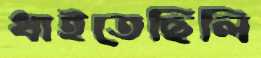
ধাইতেছিলি